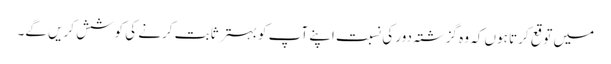
میں توقع کرتا ہوں کہ وہ گزشتہ دور کی نسبت اپنے آپ کو بہتر ثابت کرنے کی کوشش کریں گے۔